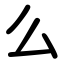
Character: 么